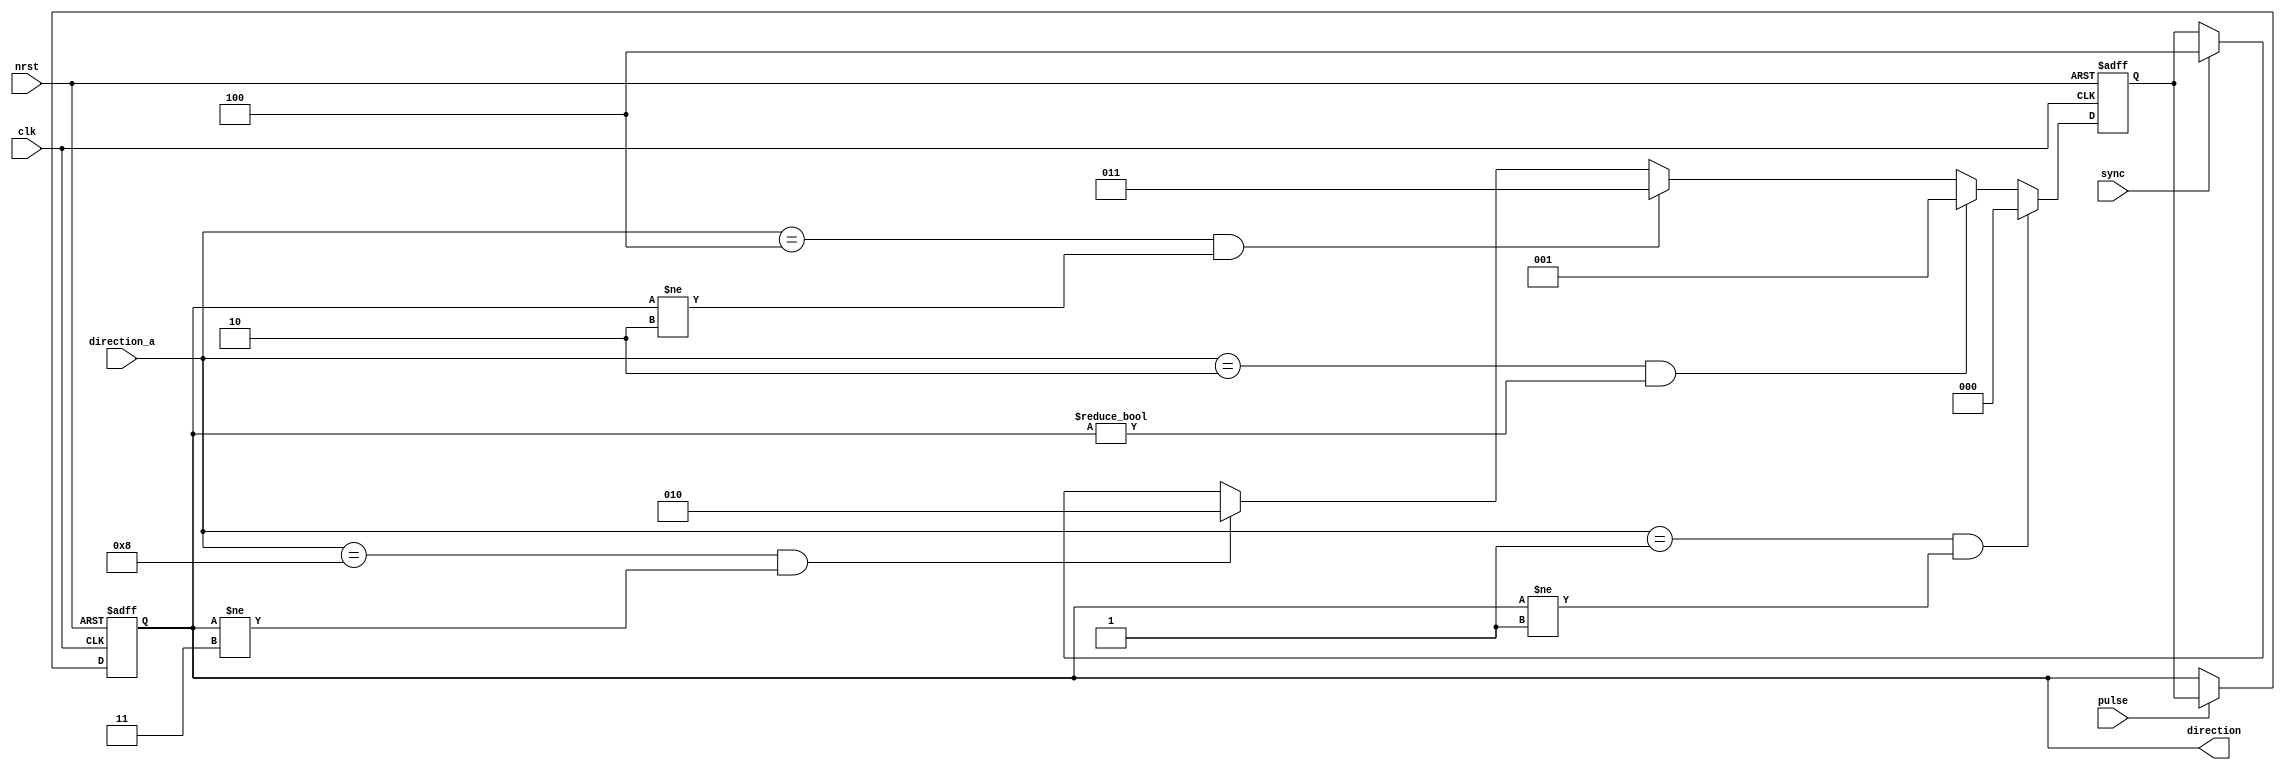
module t09_fsm_direction (
	direction_a,
	clk,
	nrst,
	sync,
	pulse,
	direction
);
	reg _sv2v_0;
	input wire [3:0] direction_a;
	input wire clk;
	input wire nrst;
	input wire sync;
	input wire pulse;
	output wire [2:0] direction;
	reg [2:0] current;
	reg [2:0] temp;
	reg [2:0] temp_next;
	reg [2:0] next;
	always @(posedge clk or negedge nrst)
		if (~nrst) begin
			current <= 3'd4;
			temp <= 3'd4;
		end
		else begin
			current <= next;
			temp <= temp_next;
		end
	always @(*) begin
		if (_sv2v_0)
			;
		if ((direction_a == 4'b0001) && (current != 3'd1))
			temp_next = 3'd0;
		else if ((direction_a == 4'b0010) && (current != 3'd0))
			temp_next = 3'd1;
		else if ((direction_a == 4'b0100) && (current != 3'd2))
			temp_next = 3'd3;
		else if ((direction_a == 4'b1000) && (current != 3'd3))
			temp_next = 3'd2;
		else if (sync)
			temp_next = 3'd4;
		else
			temp_next = temp;
		if (pulse)
			next = temp;
		else
			next = current;
	end
	assign direction = current;
	initial _sv2v_0 = 0;
endmodule